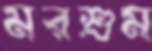
মরশুম